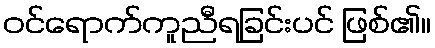
ဝင်ရောက်ကူညီရခြင်းပင် ဖြစ်၏။